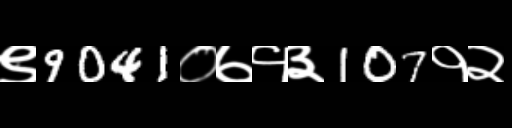
Text: ९9041०७१३107१२